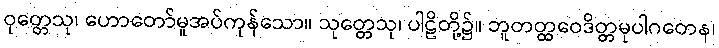
ဝုတ္တေသု၊ ဟောတော်မူအပ်ကုန်သော။ သုတ္တေသု၊ ပါဠိတို့၌။ ဘူတတ္ထဝေဒိတ္တမုပါဂတေန၊